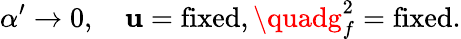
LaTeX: \alpha^{\prime}\rightarrow0,\quad\mathbf{u}=\mathrm{{fixed}},\quadg_{f}^{2}=\mathrm{{fixed}}.